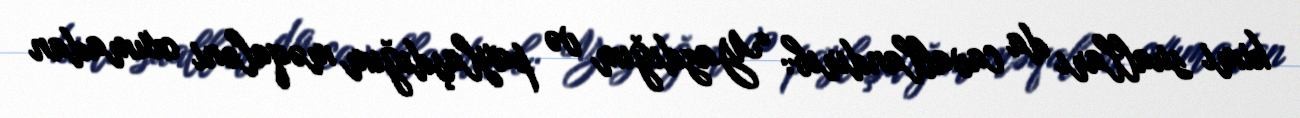
kimi sualları da cavablandırıb: “Yazdığım və paylaşdığım məqaləni oxumadan